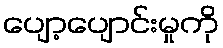
ပျော့ပျောင်းမှုကို